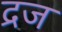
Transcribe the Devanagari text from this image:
द्रज